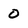
Character: 0